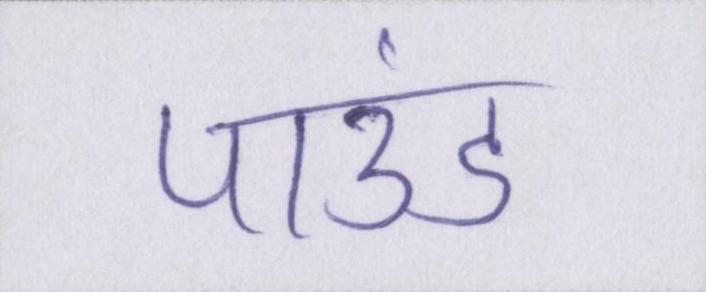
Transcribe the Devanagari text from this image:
पाउंड